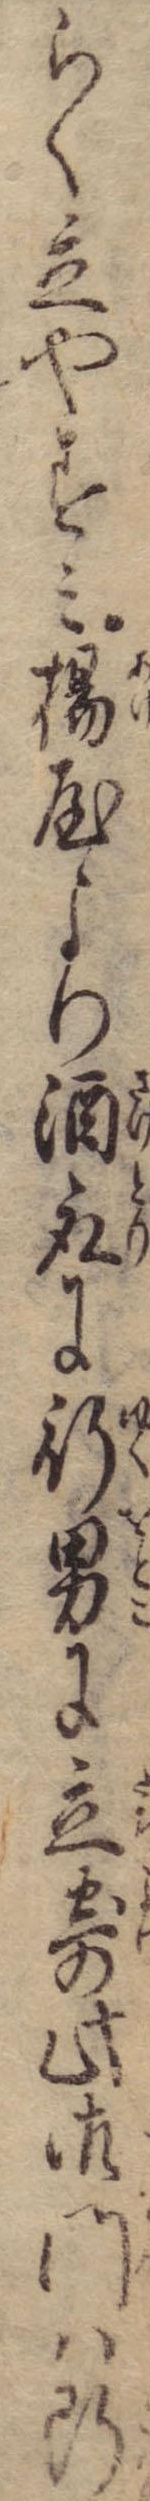
らく立やすみ揚屋より酒取に行男に立寄此御門は断